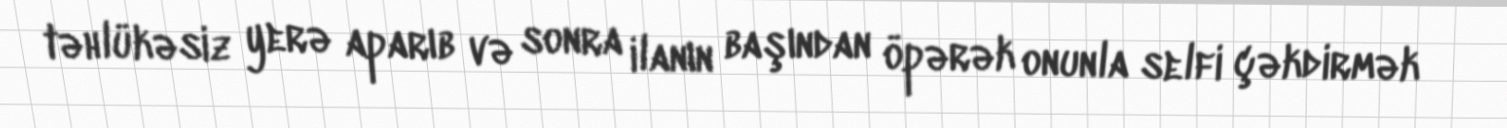
təhlükəsiz yerə aparıb və sonra ilanın başından öpərək onunla selfi çəkdirmək